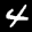
Label: 4